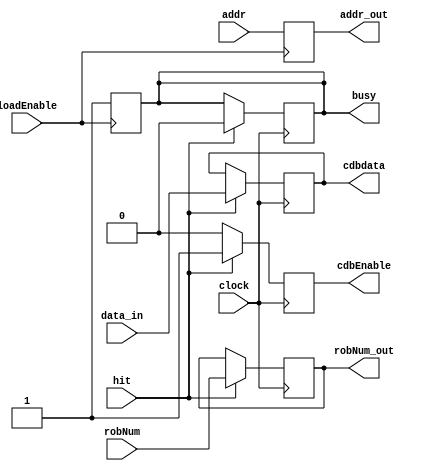
`timescale 10ps / 100fs

module loadUnit(
	input wire clock,
	
	input wire loadEnable,
	input wire[31:0] addr,
	input wire[5:0] robNum,
	
	output reg[31:0] addr_out,
	input wire hit,
	input wire[31:0] data_in,
	
	output reg cdbEnable,
	output reg[5:0] robNum_out,
	output reg[31:0] cdbdata,
	output reg busy
);



initial begin
	cdbEnable = 1'b0;
	busy = 1'b0;
end

always @(posedge loadEnable) begin
	addr_out = addr;
	busy = 1'b1;
end

always @(posedge clock) begin
	cdbEnable = 1'b0;
	if (hit == 1'b1) begin
		robNum_out = robNum;
		cdbdata = data_in;
		
		//$display($time, ": robNum: %b, cdbdata = %h, addr = %h", robNum, cdbdata, addr_out);
		
		cdbEnable = 1'b1;
		busy = 1'b0;
	end
end

endmodule